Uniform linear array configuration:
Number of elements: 32
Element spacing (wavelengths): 0.75
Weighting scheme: hamming
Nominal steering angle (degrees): -15
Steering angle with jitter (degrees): -15.312
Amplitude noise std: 0.05
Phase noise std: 0.05

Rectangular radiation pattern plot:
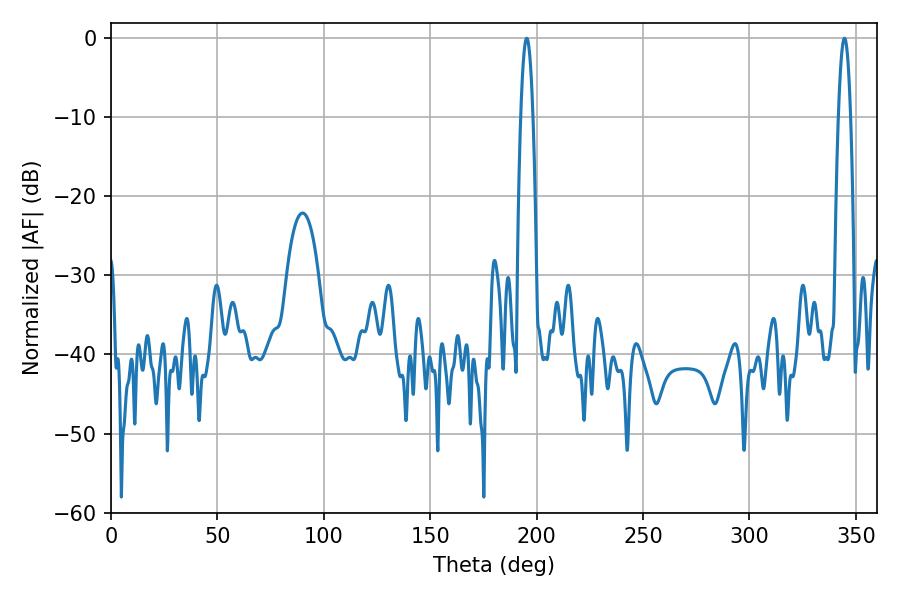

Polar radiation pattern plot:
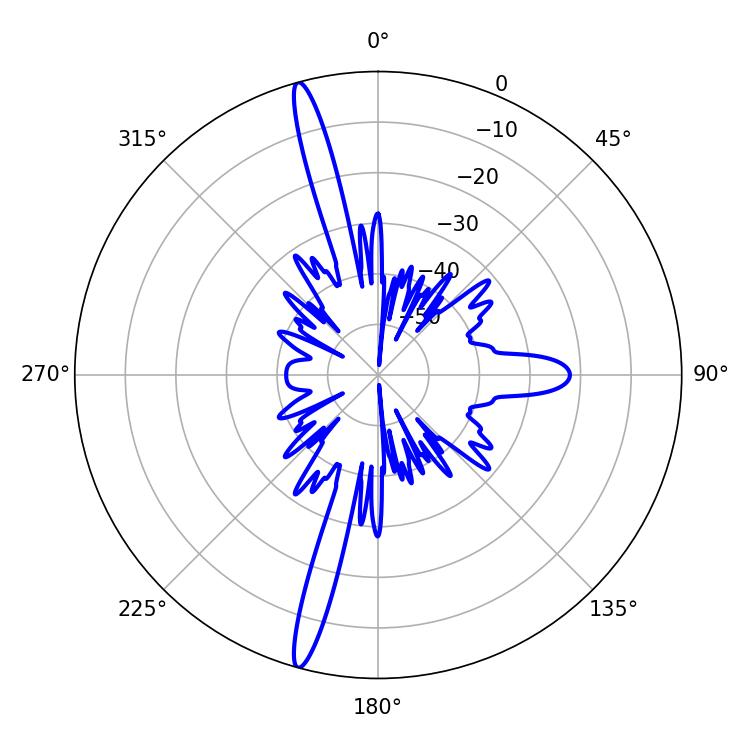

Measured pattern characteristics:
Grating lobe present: TRUE
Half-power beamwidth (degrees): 3.06
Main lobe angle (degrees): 195.3